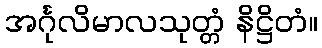
အင်္ဂုလိမာလသုတ္တံ နိဋ္ဌိတံ။